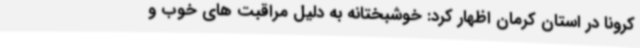
کرونا در استان کرمان اظهار کرد: خوشبختانه به دلیل مراقبت های خوب و